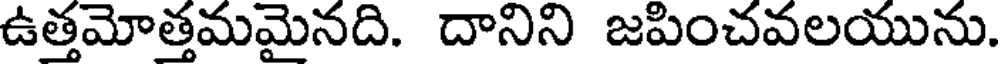
ఉత్తమోత్తమమైనది. దానిని జపించవలయును.